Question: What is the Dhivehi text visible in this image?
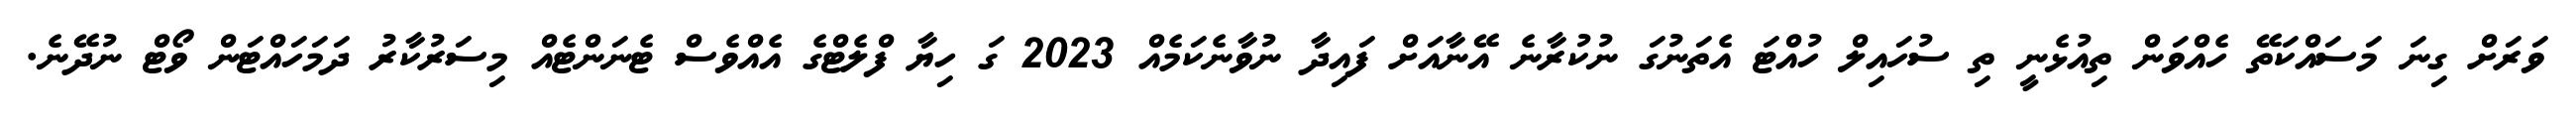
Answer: ވަރަށް ގިނަ މަސައްކަތޭ ހެއްވަން ތިއުޅެނީ ތި ސުހައިލް ހުއްޓަ އެތަނުގަ ނުކުރާނެ އޭނާއަށް ފައިދާ ނުވާނެކަމެއް 2023 ގަ ހިޔާ ފްލެޓްގެ އެއްވެސް ޓެނަންޓެއް މިސަރުކާރު ދަމަހައްޓަން ވޯޓް ނުދޭނެ.